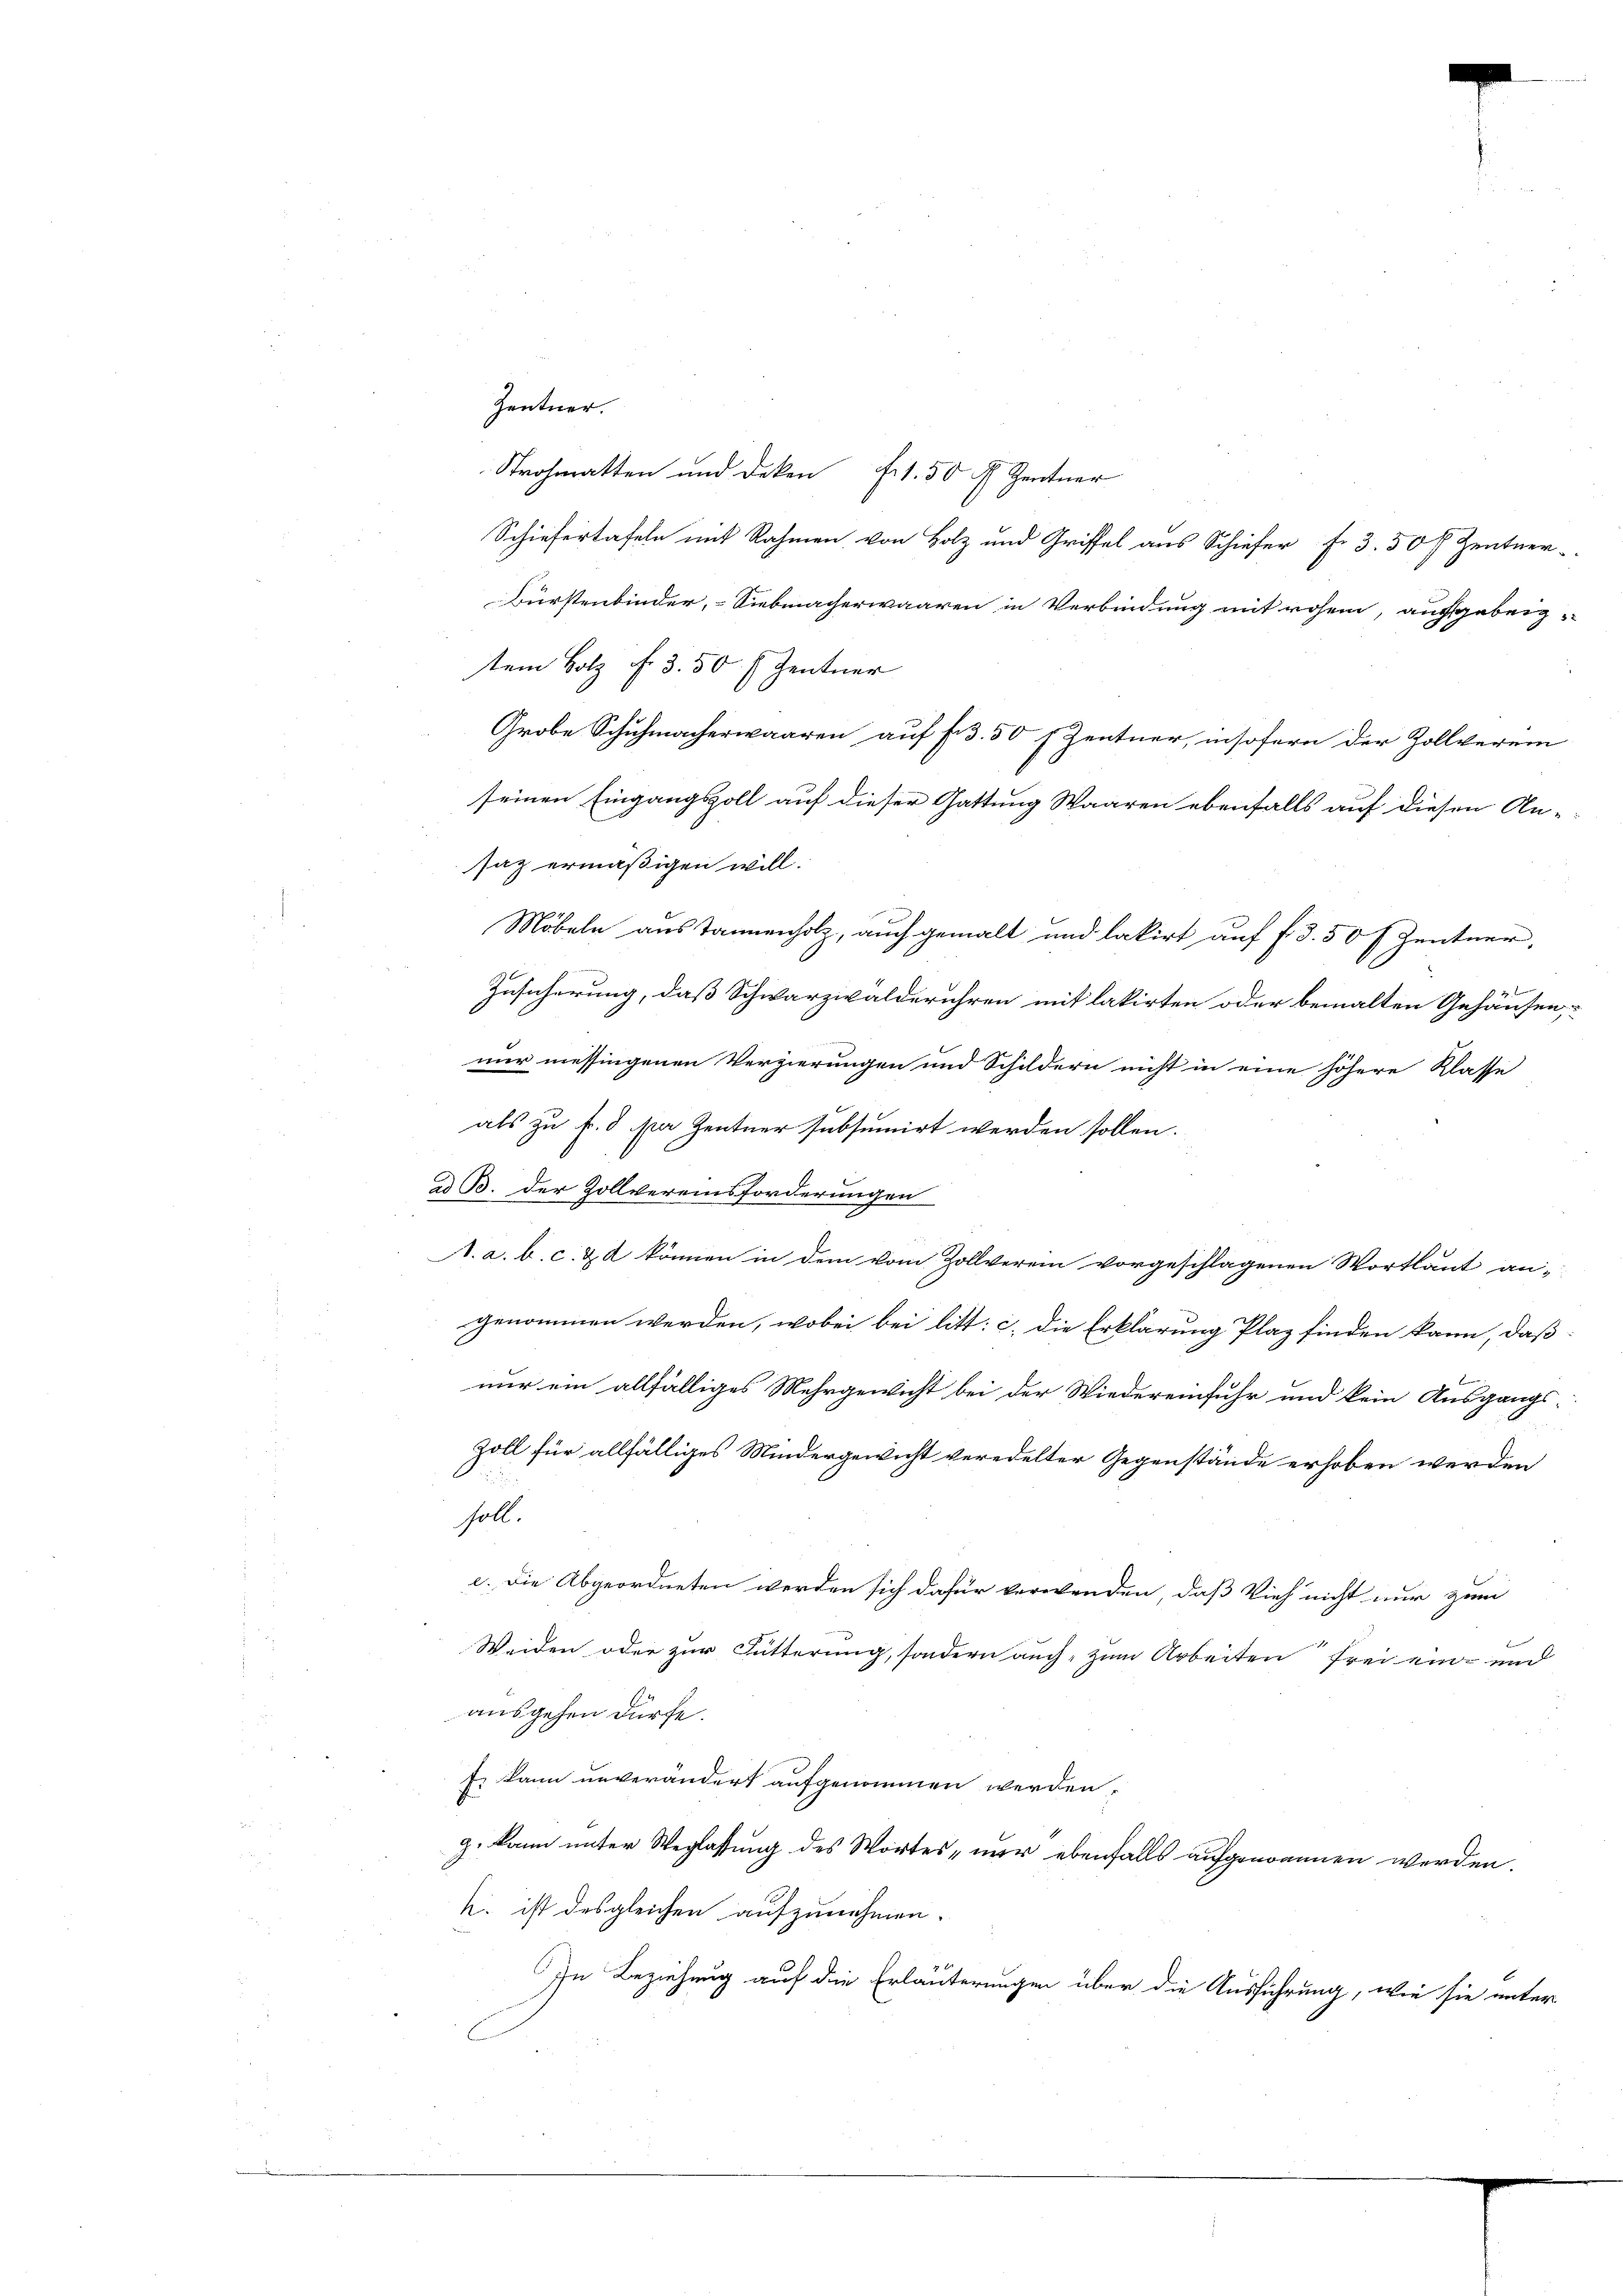
Zentner.
Strohmatten und Dekan fl. 50 f. Zentner
Schiefertafeln mit Rahmen von Holz und Griffel aus Schiefer fr. 3. 50 f. Zentner-
Bürstenbinder, Siebmacherwaaren in Verbindung mit rohen, aufsgebrig-
tem Holz f. 3. 50 f Zentner
seinen Eingangszoll auf dieser Gattung Waaren ebenfalls auf diesen An-
saz ermäßigen will.
Möbeln aus Tannenholz, auch gemalt und lakirt auf f 3. 50 Zentner,
2
Zusicherung, daß Schwarzwalderühren mit lakirten oder bemalten Gehausen,
nur messingenen Verzierungen und Schildern nicht in eine höhere Klasse
als zu f. 3 ster Zentner subsumirt werden sollen.
ad B. der Zollvereinsforderungen
A. a. b. c. & 2 können in dem vom Zollverein vorgeschlagenen Wortlaut an-
genommen werden, wobei bei litt: c. die Erklärung Plaz finden kann, daß
b
nur ein allfälliges Mehrgewicht bei der Wiedereinfuhr und kein Ausgangs-
n
Zoll für allfälliges Mindergewicht veredelter Gegenstände erhoben werden
soll.
c. Die Abgeordneten werden sich dafür verwenden, daß Vieh nicht nur zum
Weiden oder zur Fütterung, sondern auch zum Arbeiten frei ein- und
ausgehen dürfe.
Es kann unverändert aufgenommen werden,
g. kann unter Weglassung des Wortes, nur ebenfalls aufgenommen werden.
k. ist des gleichen aufzunehmen.
In Beziehung auf die Erläuterungen über die Ausführung, wie sie unter

Grobe Schuhmacherwaaren auf 3. 50 Zentner, insofern der Zollverein